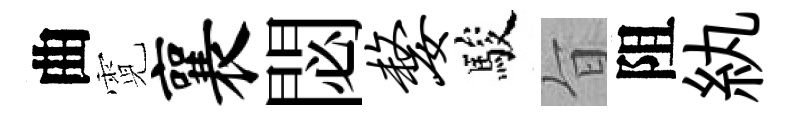
曲霓襄閟嫠駿旨阻紈